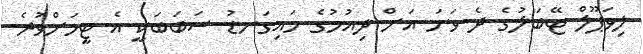
ލިވަޕޫލް ޓޭބަލުގެ ދެ ވަނަަ އަށް ދިއުމުގެ މައިގަނޑު ސަބަބަކީ އެ ޓީމަށްވުރެ